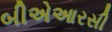
બીએઆરસી